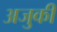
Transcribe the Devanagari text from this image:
अजुकी